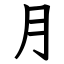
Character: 月